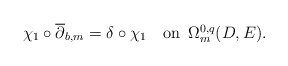
\begin{align*}\chi_1\circ \overline\partial_{b,m}=\delta\circ \chi_1\quad\mbox{on\,\,\,$\Omega^{0,q}_m(D, E)$}.\end{align*}